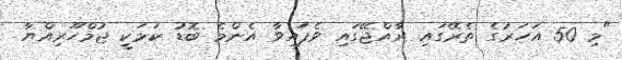
"މި 50 އަހަރުގެ ތެރޭގައި ރާއްޖޭގައި ވެފައިވާ އެންމެ ބޮޑު ކަމަކީ ޖުމްހޫރިއްޔާ